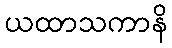
ယထာသကာနိ